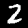
Label: 2